Annual report of the Punjab Veterinary College and of the Civil Veterinary Department, Punjab - 1926-1932
Year: 1926
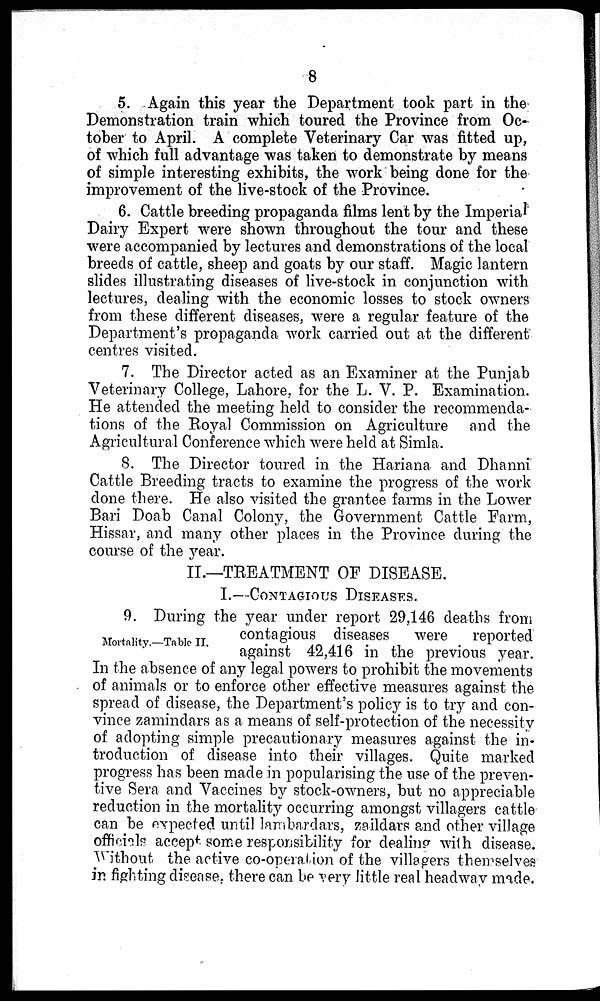
8
5. Again this year the Department took part in the
Demonstration train which toured the Province from Oc-
tober to April. A complete Veterinary Car was fitted up,
of which full advantage was taken to demonstrate by means
of simple interesting exhibits, the work being done for the
improvement of the live-stock of the Province.
6. Cattle breeding propaganda films lent by the Imperial
Dairy Expert were shown throughout the tour and these
were accompanied by lectures and demonstrations of the local
breeds of cattle, sheep and goats by our staff. Magic lantern
slides illustrating diseases of live-stock in conjunction with
lectures, dealing with the economic losses to stock owners
from these different diseases, were a regular feature of the
Department's propaganda work carried out at the different
centres visited.
7. The Director acted as an Examiner at the Punjab
Veterinary College, Lahore, for the L. V. P. Examination.
He attended the meeting held to consider the recommenda-
tions of the Royal Commission on Agriculture and the
Agricultural Conference which were held at Simla.
8. The Director toured in the Hariana and Dhanni
Cattle Breeding tracts to examine the progress of the work
done there. He also visited the grantee farms in the Lower
Bari Doab Canal Colony, the Government Cattle Farm,
Hissar, and many other places in the Province during the
course of the year.
II.—TREATMENT OF DISEASE.
I.—CONTAGIOUS DISEASES.
Mortality.—Table II.
9. During the year under report 29,146 deaths from
contagious diseases were reported
against 42,416 in the previous year.
In the absence of any legal powers to prohibit the movements
of animals or to enforce other effective measures against the
spread of disease, the Department's policy is to try and con-
vince zamindars as a means of self-protection of the necessity
of adopting simple precautionary measures against the in-
troduction of disease into their villages. Quite marked
progress has been made in popularising the use of the preven-
tive Sera and Vaccines by stock-owners, but no appreciable
reduction in the mortality occurring amongst villagers cattle
can be expected until lambardars, zaildars and other village
officials accept some responsibility for dealing with disease.
Without the active co-operation of the villagers themselves
in fighting disease, there can be very little real headway made.